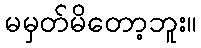
မမှတ်မိတော့ဘူး။